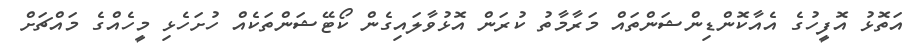
އަތޮޅު އޮފީހުގެ އެއާކޮންޑިންޝަންތައް މަރާމާތު ކުރަން އޮޅުވާލައިގެން ކޯޓޭޝަންތަކެއް ހުށަހެޅި މީހެއްގެ މައްޗަށް